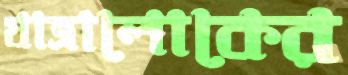
যাত্রালোকের